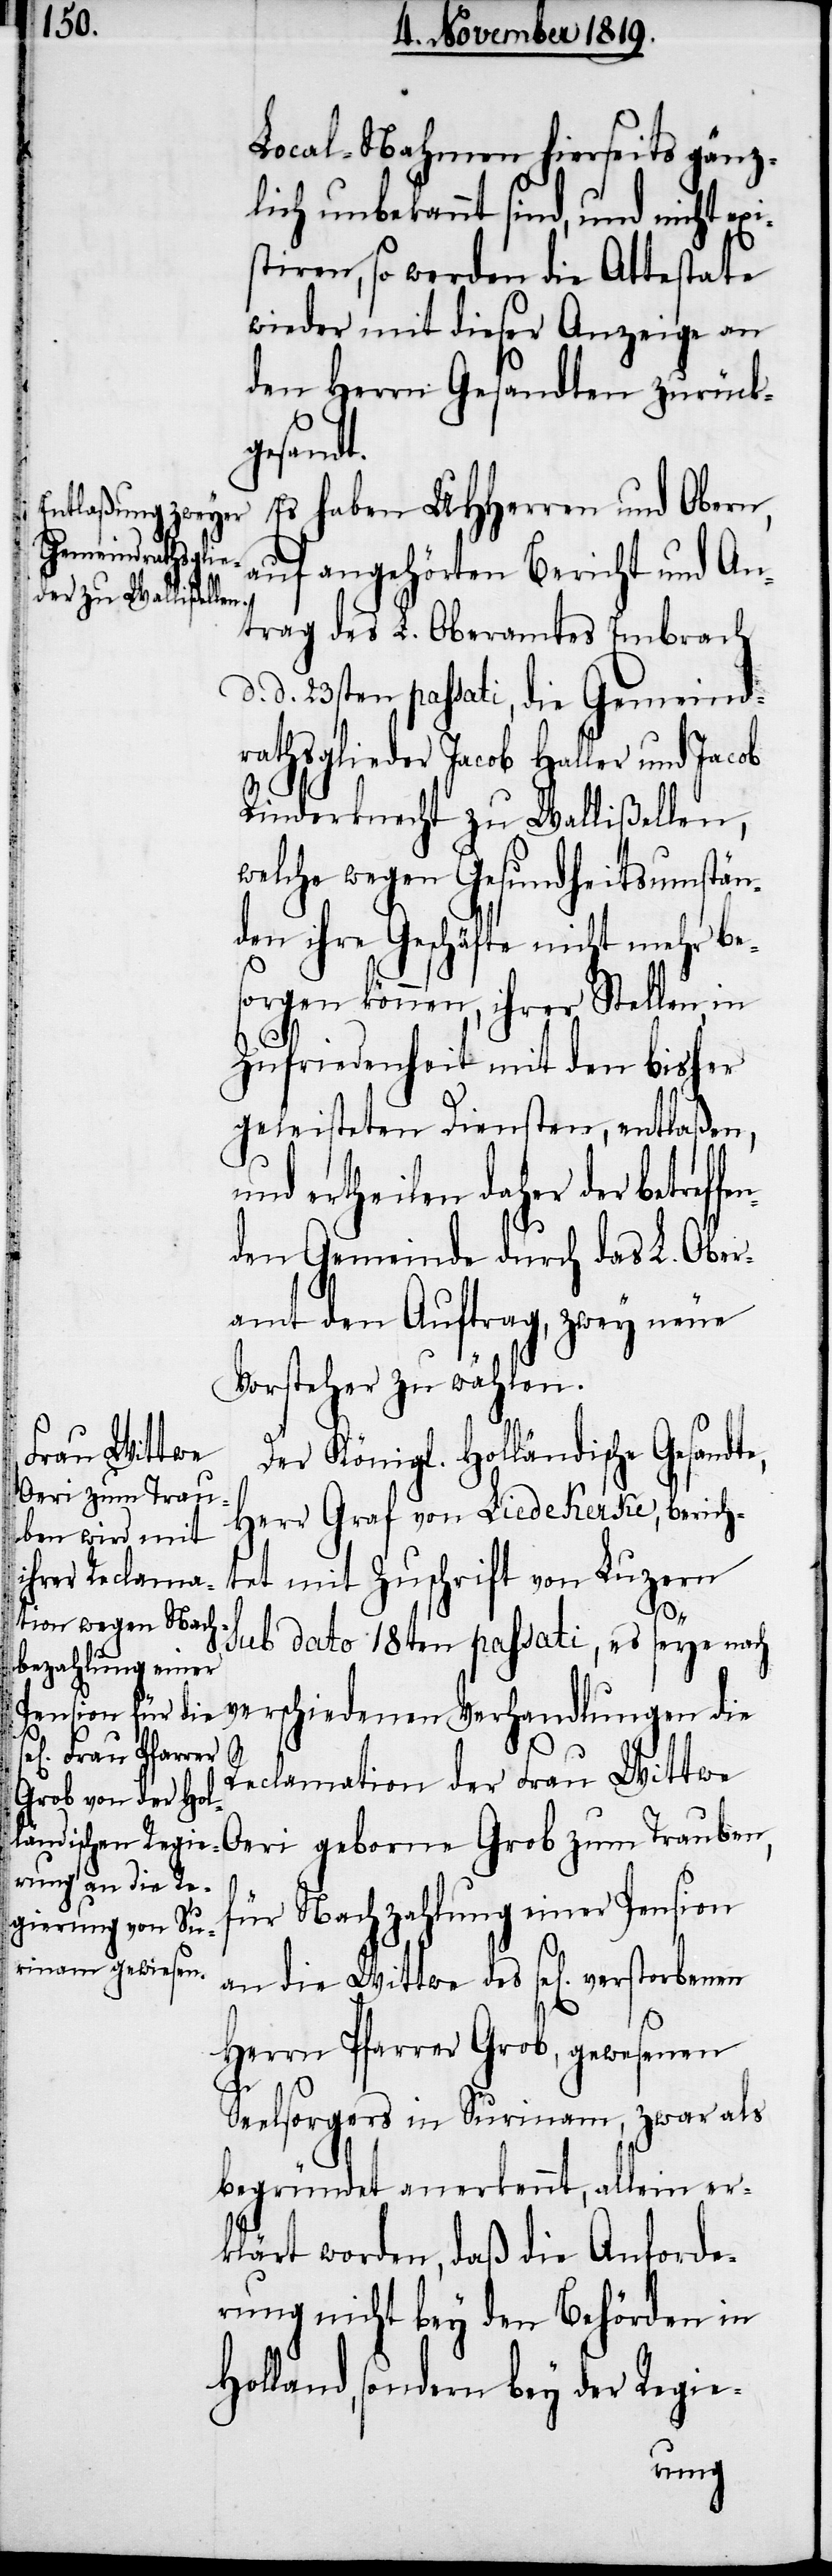
Local-Nahmen hierseits gänz¬
lich unbekannt sind, und nicht ex¬
tiren, so werden die Attestate
wieder mit dieser Anzeige an
den Herrn Gesandten zurück¬
gesandt.
Es haben UHHerren und Obern,
auf angehörten Bericht und An¬
trag des L. Oberamtes Embrach
d. d. 23sten passati, die Gemeind¬
rathsglieder Jacob Haller und Jacob
Rinderknecht zu Wallißellen,
welche wegen Gesundheitsumstän¬
den ihre Geschäfte nicht mehr be¬
sorgen können, ihrer Stellen in
Zufriedenheit mit den bisher
geleisteten Diensten, entlaßen,
ertheilen daher der betref¬
den Gemeinde durch das L. Ober¬
amt den Auftrag, zwey neue
Vorsteher zu wählen.
Der Königl. Holländische Gesand¬
Herr Graf von Liedekerke, berich¬
tet mit Zuschrift von Luzern
sub dato 18ten passati, es seye nach
verschiedenen Verhandlungen die
nen
Reclamation der Frau Wittwe
Oeri geborne Grob zum Trauben,
für Nachzahlung einer Pension
an die Wittwe des sel[ig] verstorbe¬
Herrn Pfarrer Grob, gewesenen
Seelsorgers in Surinam, zwar als
begründet anerkennt, allein er¬
klärt worden, daß die Anforde¬
rung nicht bey den Behörden in
Holland, sondern bey der Regie-
fen¬